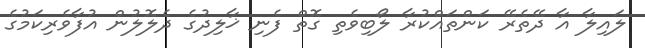
ލައިލާ އާ ދޭތެރޭ ކަންތައްކުރާ ލޯބިވެތި ގޮތް ފެނި ޚާލިދުގެ ދެލޮލުން އުފާވެރިކަމުގެ